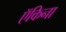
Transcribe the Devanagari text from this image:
ऍकिना